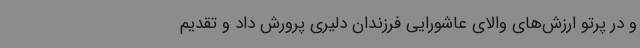
و در پرتو ارزش‌های والای عاشورایی فرزندان دلیری پرورش داد و تقدیم